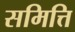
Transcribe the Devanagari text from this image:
समित्ति